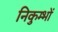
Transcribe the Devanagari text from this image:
निकुम्भों